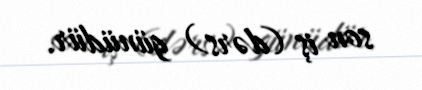
son iş (dərs) günüdür.